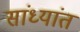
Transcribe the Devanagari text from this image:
सांध्यांत